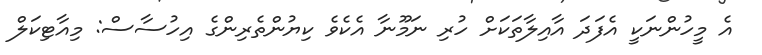
އެ މީހުންނަކީ އެފަދަ އާއިލާތަކަށް ހުރި ނަމޫނާ އެކެވެ ކިޔުންތެރިންގެ އިހުސާސް: މިއާޓިކަލް